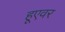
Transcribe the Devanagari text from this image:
हूएवर